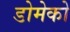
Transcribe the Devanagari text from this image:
डोमेको